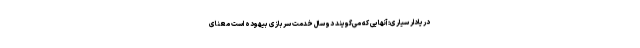
دریادار سیاری: آنهایی که می‌گویند دوسال خدمت سربازی بیهوده است معنای